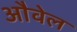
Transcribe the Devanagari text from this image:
औवेल